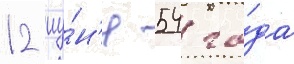
12 иу́н'я 54 го́да